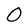
Character: O